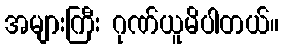
အများကြီး ဂုဏ်ယူမိပါတယ်။